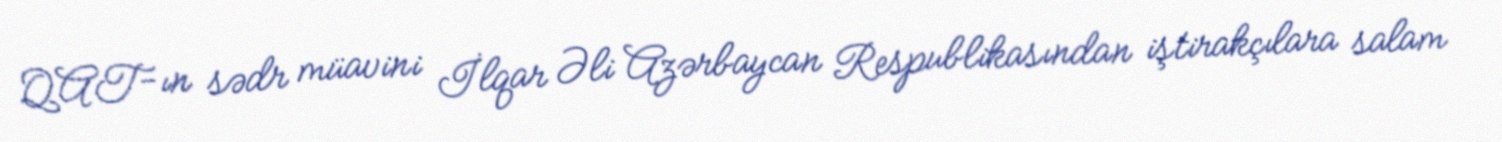
QAT-ın sədr müavini İlqar Əli Azərbaycan Respublikasından iştirakçılara salam